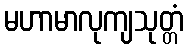
မဟာမာလုကျသုတ္တံ